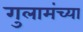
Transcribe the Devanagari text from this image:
गुलामंच्या